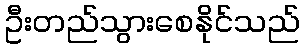
ဦးတည်သွားစေနိုင်သည်